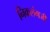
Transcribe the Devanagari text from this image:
निकलंगजी